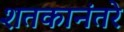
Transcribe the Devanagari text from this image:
शतकानंतरे